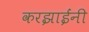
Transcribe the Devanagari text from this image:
करझाईंनी